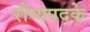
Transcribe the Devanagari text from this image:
रौप्यपदके